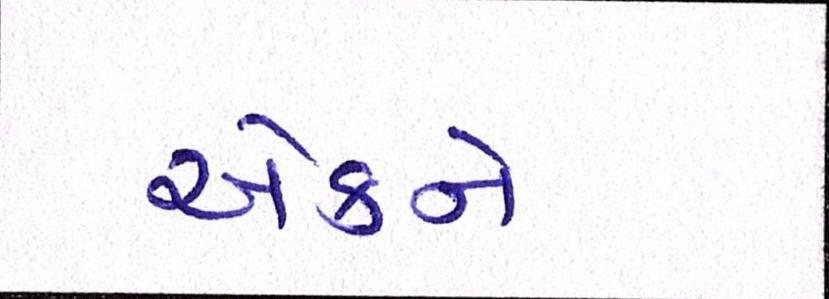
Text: એકને